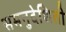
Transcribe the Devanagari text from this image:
समनुदेशिती